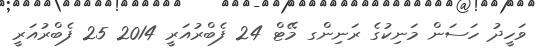
ވަހީދު ހަސަން މަނިކުގެ ރަނިންގ މޭޓް 24 ފެބްރުއަރީ 2014 25 ފެބްރުއަރީ